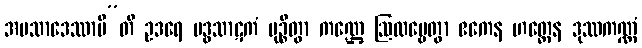
အပသာဒေဿာမီ”တိ ဥဒရေ ဗဒ္ဓသာဋကံ မုဉ္စိတွာ ကဏ္ဌေ ဩလမ္ဗေတွာ ဧကေန ဟတ္ထေန ဒုဿကဏ္ဏံ